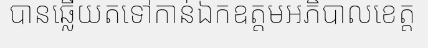
បានឆ្លើយតទៅកាន់ឯកឧត្តមអភិបាលខេត្ត